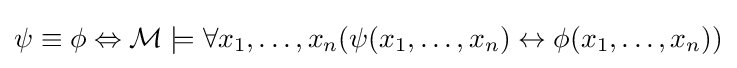
\psi \equiv \phi \Leftrightarrow {\mathcal {M}}\models \forall x_{1},\ldots ,x_{n}(\psi (x_{1},\ldots ,x_{n})\leftrightarrow \phi (x_{1},\ldots ,x_{n}))